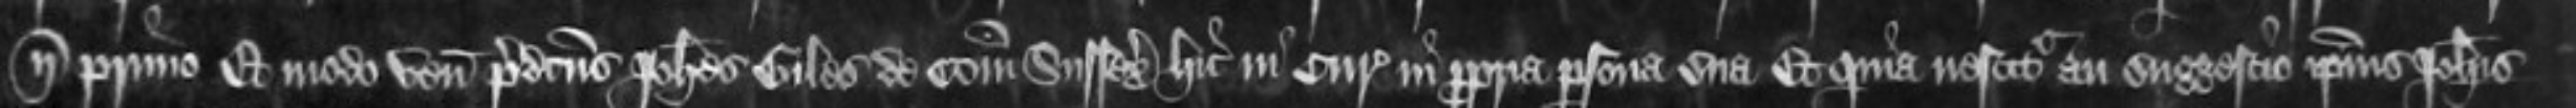
nostri primo Et modo venit predictus Johannes Giles de Comitatu Sussex hic in Curia in propria persona sua Et quia nescitur an suggestio ipsius Johannis